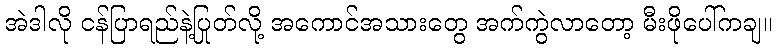
အဲဒါလို ငန်ပြာရည်နဲ့ပြုတ်လို့ အကောင်အသားတွေ အက်ကွဲလာတော့ မီးဖိုပေါ်ကချ။